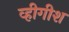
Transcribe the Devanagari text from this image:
व्हीगीश